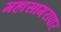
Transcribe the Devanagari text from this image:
महासागरापार